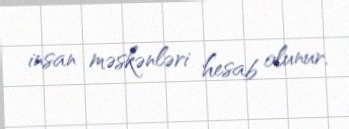
insan məskənləri hesab olunur.